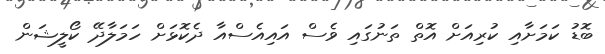
ބޮޑު ކަމަށާއި ކުރިއަށް އޮތް ތަނުގައި ވެސް އައިއެސްއާ ދެކޮޅަށް ހަމަލާދޭ ކޯލީޝަން